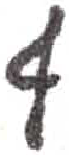
אות: ף